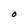
Character: O